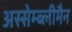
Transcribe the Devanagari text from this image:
अस्सेम्ब्लीमैन